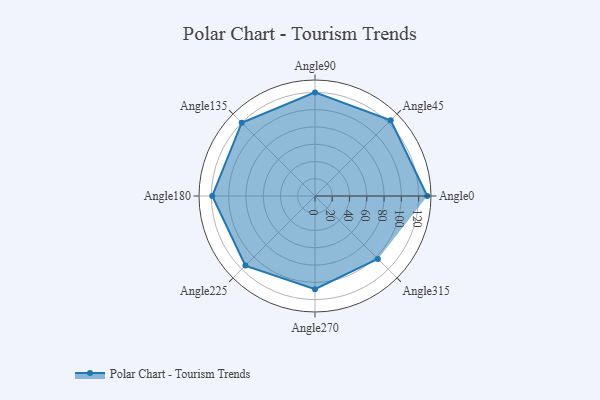
{"axis": {"x": "Angle", "y": "Radius"}, "legend": [""], "data": [{"x": "Angle0", "y": 130.0, "type": ""}, {"x": "Angle45", "y": 124.0, "type": ""}, {"x": "Angle90", "y": 120.0, "type": ""}, {"x": "Angle135", "y": 120.0, "type": ""}, {"x": "Angle180", "y": 119.0, "type": ""}, {"x": "Angle225", "y": 114.0, "type": ""}, {"x": "Angle270", "y": 108.0, "type": ""}, {"x": "Angle315", "y": 103.0, "type": ""}]}